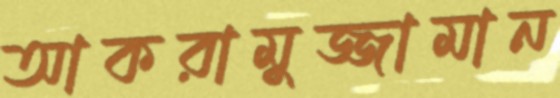
আকরামুজ্জামান